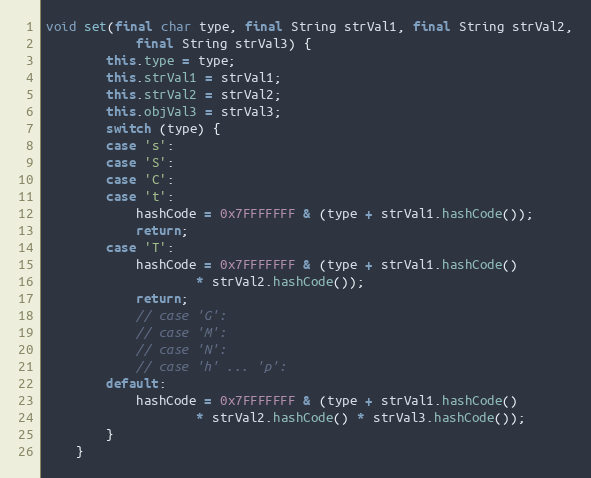
Language: Java
void set(final char type, final String strVal1, final String strVal2,
            final String strVal3) {
        this.type = type;
        this.strVal1 = strVal1;
        this.strVal2 = strVal2;
        this.objVal3 = strVal3;
        switch (type) {
        case 's':
        case 'S':
        case 'C':
        case 't':
            hashCode = 0x7FFFFFFF & (type + strVal1.hashCode());
            return;
        case 'T':
            hashCode = 0x7FFFFFFF & (type + strVal1.hashCode()
                    * strVal2.hashCode());
            return;
            // case 'G':
            // case 'M':
            // case 'N':
            // case 'h' ... 'p':
        default:
            hashCode = 0x7FFFFFFF & (type + strVal1.hashCode()
                    * strVal2.hashCode() * strVal3.hashCode());
        }
    }